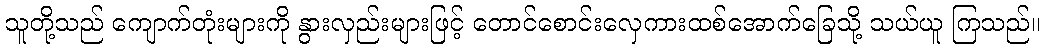
သူတို့သည် ကျောက်တုံးများကို နွားလှည်းများဖြင့် တောင်စောင်းလှေကားထစ်အောက်ခြေသို့ သယ်ယူ ကြသည်။